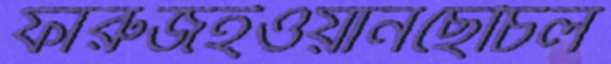
ফারুজইওয়ানছেঁচিল